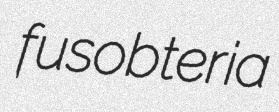
fusobteria